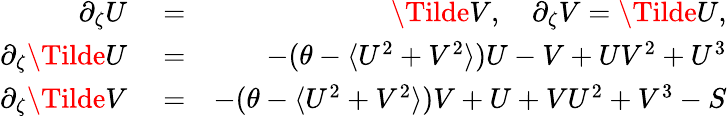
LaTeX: \begin{array}{rlr}{\partial_{\zeta}U}&{{}=}&{\Tilde{V},\quad\partial_{\zeta}V=\Tilde{U},}\\ {\partial_{\zeta}\Tilde{U}}&{{}=}&{-(\theta-\langle U^{2}+V^{2}\rangle)U-V+UV^{2}+U^{3}}\\ {\partial_{\zeta}\Tilde{V}}&{{}=}&{-(\theta-\langle U^{2}+V^{2}\rangle)V+U+VU^{2}+V^{3}-S}\end{array}